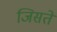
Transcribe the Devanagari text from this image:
जिसतें